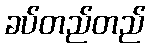
ခပ်တည်တည်